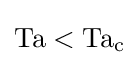
\mathrm {Ta} <\mathrm {Ta_{c}}